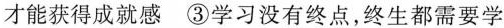
才能获得成就感③学习没有终点，终生都需要学